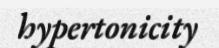
hypertonicity